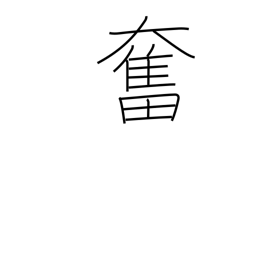
Meaning: stirred up